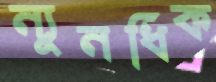
ন্যূনধিক